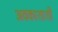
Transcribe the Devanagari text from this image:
अवकाशाशी